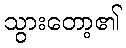
သွားတော့၏